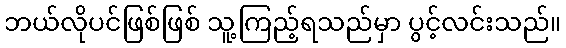
ဘယ်လိုပင်ဖြစ်ဖြစ် သူ့ကြည့်ရသည်မှာ ပွင့်လင်းသည်။